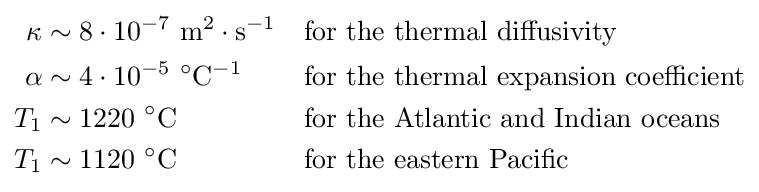
{\begin{aligned}\kappa &\sim 8\cdot 10^{-7}\ \mathrm {m} ^{2}\cdot \mathrm {s} ^{-1}&&{\text{for the thermal diffusivity}}\\\alpha &\sim 4\cdot 10^{-5}\ {}^{\circ }\mathrm {C} ^{-1}&&{\text{for the thermal expansion coefficient}}\\T_{1}&\sim 1220\ {}^{\circ }\mathrm {C} &&{\text{for the Atlantic and Indian oceans}}\\T_{1}&\sim 1120\ {}^{\circ }\mathrm {C} &&{\text{for the eastern Pacific}}\end{aligned}}